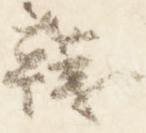
韈